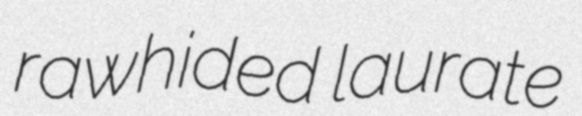
rawhided laurate